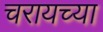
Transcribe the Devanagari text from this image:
चरायच्या